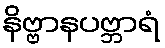
နိဗ္ဗာနပဗ္ဘာရံ